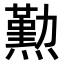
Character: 𤐂